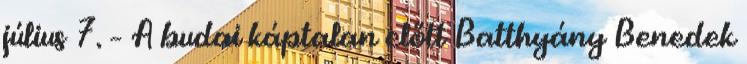
július 7. – A budai káptalan előtt Batthyány Benedek